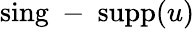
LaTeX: \mathrm{sing\mathrm{~-~}supp}(u)